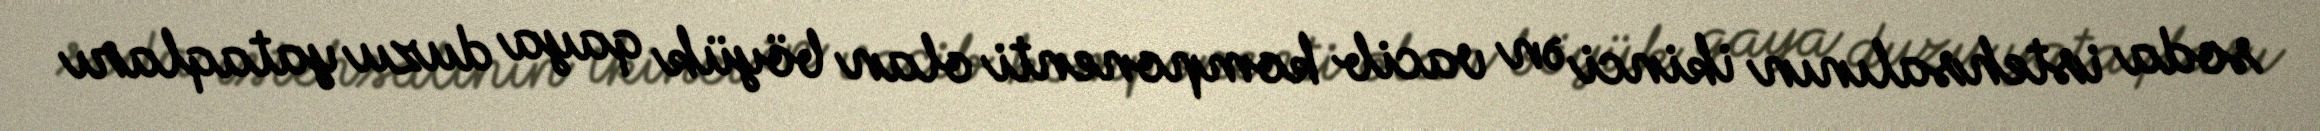
soda istehsalının ikinci ən vacib komponenti olan böyük qaya duzu yataqları